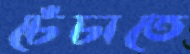
চেঁচাতে